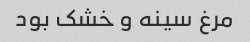
مرغ سینه و خشک بود